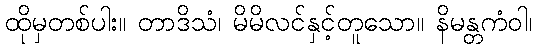
ထိုမှတစ်ပါး။ တာဒိသံ၊ မိမိလင်နှင့်တူသော။ နိမန္တကံဝါ၊